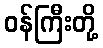
ဝန်ကြီးတို့